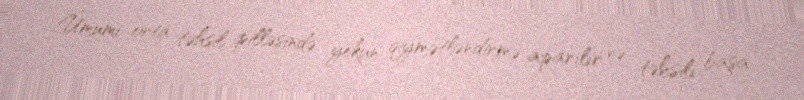
Ümumi orta təhsil pilləsində yekun qiymətləndirmə aparılır və təhsili başa